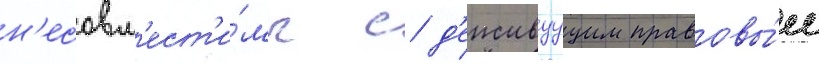
н'есовм'ест'и́мы с д'еиствуущим правовы́м